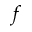
f